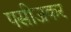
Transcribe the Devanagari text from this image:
पसीजकर